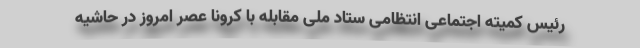
رئیس کمیته اجتماعی انتظامی ستاد ملی مقابله با کرونا عصر امروز در حاشیه